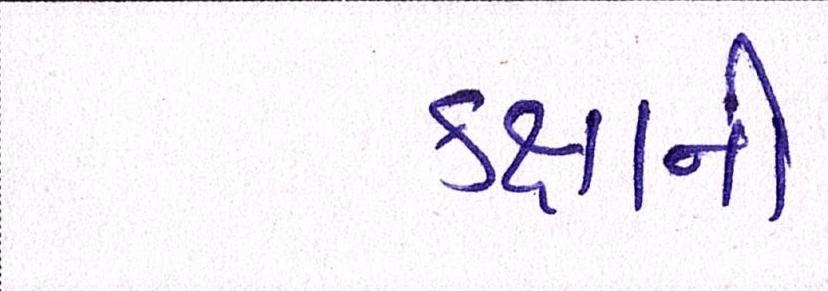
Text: કક્ષાની